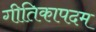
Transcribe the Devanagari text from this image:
गीतिकापदम